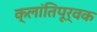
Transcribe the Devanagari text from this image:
क्लांतिपूर्वक